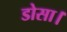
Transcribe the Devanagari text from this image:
डोसा।